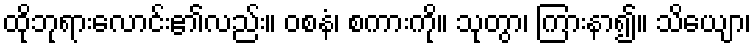
ထိုဘုရားလောင်း၏လည်း။ ဝစနံ၊ စကားကို။ သုတွာ၊ ကြားနာ၍။ သိယျော၊